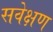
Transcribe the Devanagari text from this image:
सवेक्षण